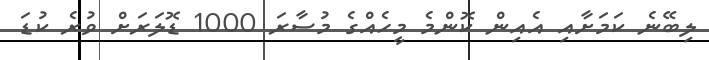
ލިބޭނެ ކަމަށާއި އެއިން ކޮންމެ މީހެއްގެ މުސާރަ 1000 ޑޮލަރަށް ވުރެ ކުޑަ